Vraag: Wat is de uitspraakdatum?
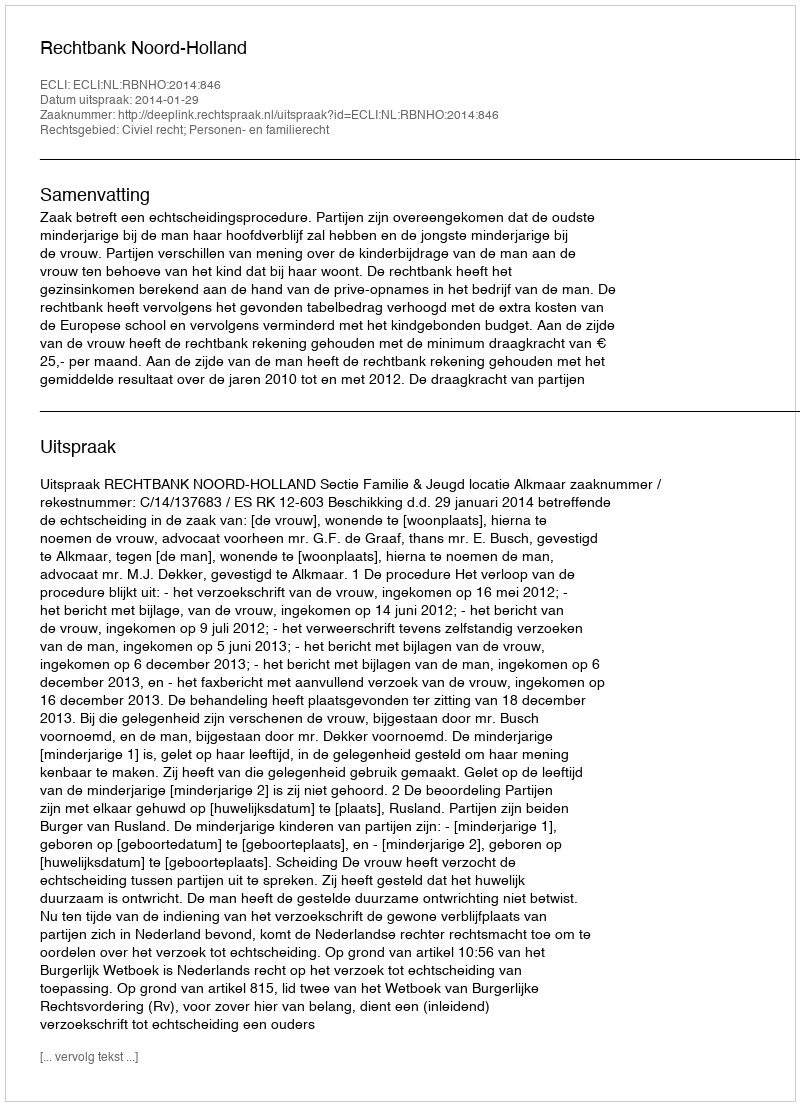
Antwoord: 2014-01-29